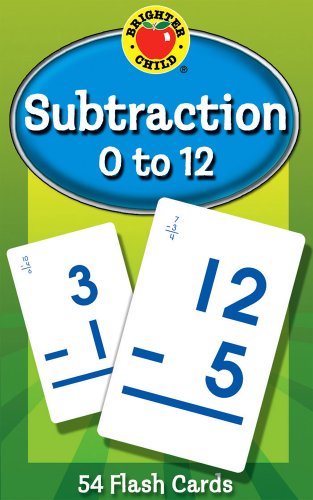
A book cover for Subtraction 0 to 12 Learning Cards (Brighter Child Flash Cards); Children's Books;